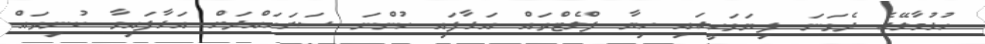
ހުޅުމާލޭގެ ދެވަނަ ފިޔަވަހީގައި ހިޔާ ފްލެޓްތައް އަޅާފައި ހުންނަ ސަރަހައްދަށް އަޅާފައިވާ ކުނިތައް